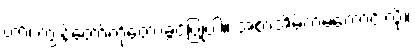
ဟာ၊ ကျွန်တော့်ကိုတော့ခွင့်ပြုပါ။ အစာအိမ်ကမကောင်းလို့။